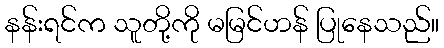
နန်းရင်က သူတို့ကို မမြင်ဟန် ပြုနေသည်။